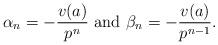
LaTeX: \begin{align*}\alpha_n=-\frac{v(a)}{p^n}\mbox{ and }\beta_n=-\frac{v(a)}{p^{n-1}}.\end{align*}